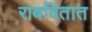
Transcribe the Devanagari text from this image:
राबवितात